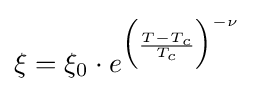
\xi =\xi _{0}\cdot e^{{\Big (}{\frac {T-T_{c}}{T_{c}}}{\Big )}^{-\nu }}